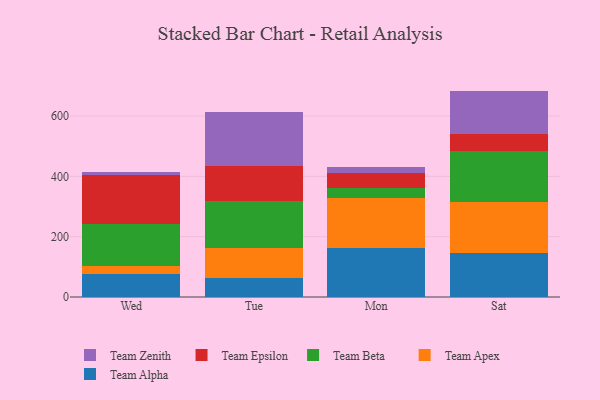
{"axis": {"x": "Day", "y": "Latency (ms)"}, "legend": ["Team Alpha", "Team Apex", "Team Beta", "Team Epsilon", "Team Zenith"], "data": [{"x": "Wed", "y": 77.3, "type": "Team Alpha"}, {"x": "Wed", "y": 25.5, "type": "Team Apex"}, {"x": "Wed", "y": 138.0, "type": "Team Beta"}, {"x": "Wed", "y": 163.1, "type": "Team Epsilon"}, {"x": "Wed", "y": 9.7, "type": "Team Zenith"}, {"x": "Tue", "y": 64.0, "type": "Team Alpha"}, {"x": "Tue", "y": 99.9, "type": "Team Apex"}, {"x": "Tue", "y": 153.5, "type": "Team Beta"}, {"x": "Tue", "y": 117.3, "type": "Team Epsilon"}, {"x": "Tue", "y": 177.3, "type": "Team Zenith"}, {"x": "Mon", "y": 164.0, "type": "Team Alpha"}, {"x": "Mon", "y": 165.6, "type": "Team Apex"}, {"x": "Mon", "y": 30.5, "type": "Team Beta"}, {"x": "Mon", "y": 49.7, "type": "Team Epsilon"}, {"x": "Mon", "y": 21.3, "type": "Team Zenith"}, {"x": "Sat", "y": 144.6, "type": "Team Alpha"}, {"x": "Sat", "y": 170.9, "type": "Team Apex"}, {"x": "Sat", "y": 168.0, "type": "Team Beta"}, {"x": "Sat", "y": 58.2, "type": "Team Epsilon"}, {"x": "Sat", "y": 141.8, "type": "Team Zenith"}]}